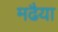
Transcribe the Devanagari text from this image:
मढैया